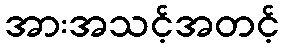
အားအသင့်အတင့်